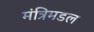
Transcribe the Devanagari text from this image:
मंत्रिमडल